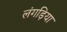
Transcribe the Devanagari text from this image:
लंगड़िया